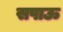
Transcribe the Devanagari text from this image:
सपाऊ